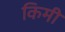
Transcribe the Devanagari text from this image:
किमी